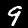
Label: 9